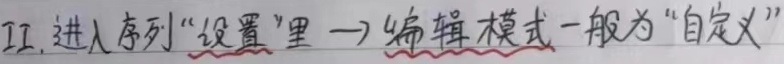
11. 进入序列“设置”里→编辑模式一般为“自定义”